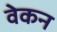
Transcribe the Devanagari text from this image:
वेकन